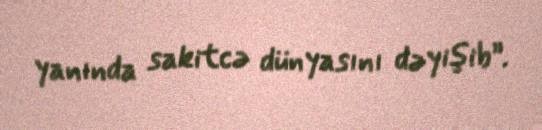
yanında sakitcə dünyasını dəyişib”.